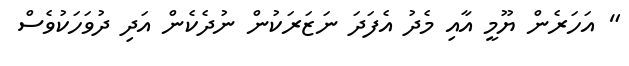
" އަހަރެން ޔޫމީ އާއި މެދު އެފަދަ ނަޒަރަކުން ނުދެކެން އަދި ދުވަހަކުވެސް